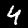
Label: 4